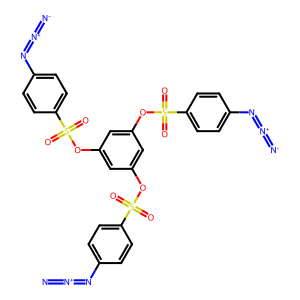
SMILES: [N-]=[N+]=Nc1ccc(S(=O)(=O)Oc2cc(OS(=O)(=O)c3ccc(N=[N+]=[N-])cc3)cc(OS(=O)(=O)c3ccc(N=[N+]=[N-])cc3)c2)cc1
Inhibits HIV replication: No